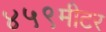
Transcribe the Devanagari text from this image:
४५९मीटर